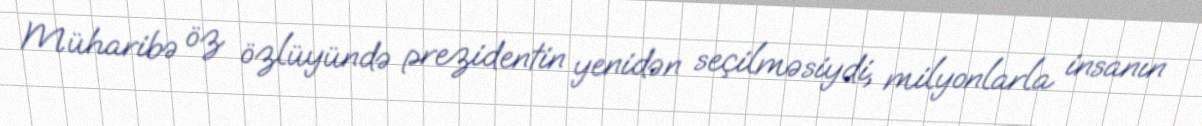
Müharibə öz özlüyündə prezidentin yenidən seçilməsiydi, milyonlarla insanın